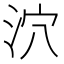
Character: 泬